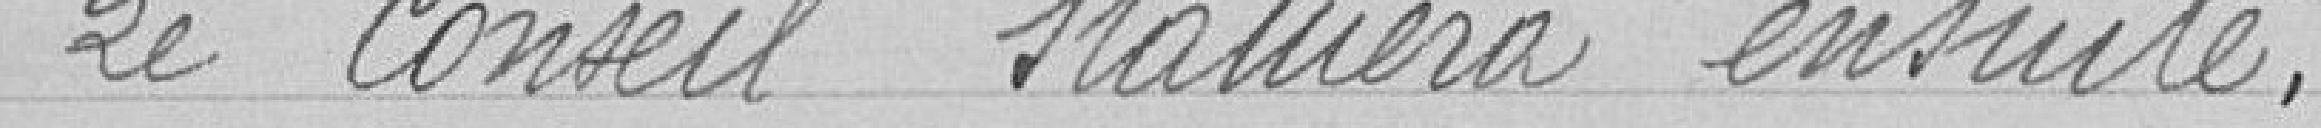
Le conseil statuera ensuite.